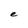
Character: e